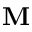
{ \bf M }